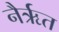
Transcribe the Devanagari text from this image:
नैर्ऋत